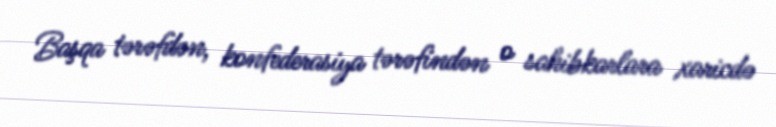
Başqa tərəfdən, konfederasiya tərəfindən o sahibkarlara xaricdə